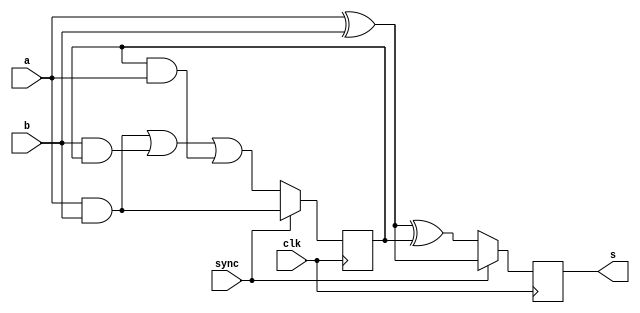
module serialadd(input wire a, input wire b, output wire s,
                 input wire sync, input wire clk);
   
   reg 			    carry, q;
   
   always @(posedge clk)
     if (sync)
       begin
          carry <= a & b;
          q     <= a ^ b;
       end
     else
       begin
          q     <= a ^ b ^ carry;
          carry <= (a & b) | (b & carry) | (carry & a);
       end
   
   assign s = q;
   
endmodule